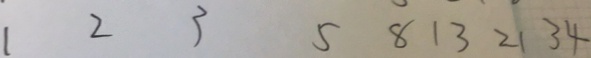
1 2 3 5 8 1 3 2 1 3 4